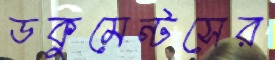
ডকুমেন্টসের